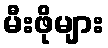
မီးဖိုများ